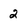
Character: 2